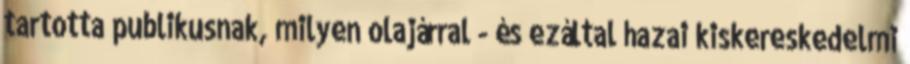
tartotta publikusnak, milyen olajárral - és ezáltal hazai kiskereskedelmi